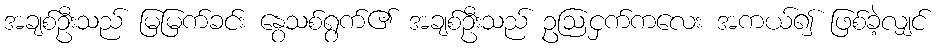
အချစ်ဦးသည် မြမြက်ခင်း နွေသစ်ရွက်၏ အချစ်ဦးသည် ဥဩငှက်ကလေး အကယ်၍ ဖြစ်ခဲ့လျှင်